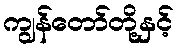
ကျွန်တော်တို့နှင့်